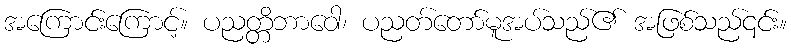
အကြောင်းကြောင့်။ ပညတ္တိဘာဝေါ၊ ပညတ်တော်မူအပ်သည်၏ အဖြစ်သည်၎င်း။